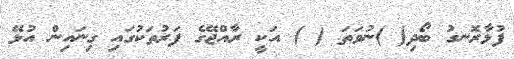
ފުޅާރޮނގު ބޯދި( )ނުވަތަ ( ) އަކީ ރާއްޖޭގެ ފަރުތަކުގައި ގިނައިން އުޅޭ